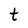
Character: t